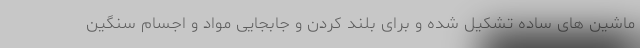
ماشین های ساده تشکیل شده و برای بلند کردن و جابجایی مواد و اجسام سنگین